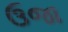
ઉજા